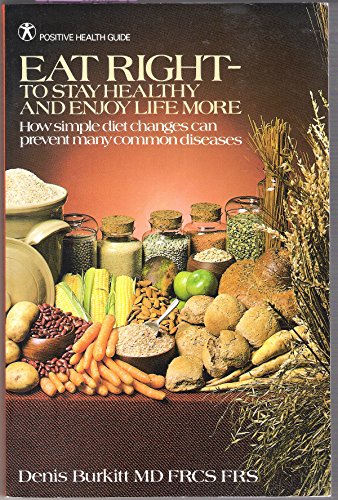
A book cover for Eat Right-To Stay Healthy and Enjoy Life More: How Simple Diet Changes Can Prevent Many Common Diseases; Denis Parsons Burkitt; Health, Fitness & Dieting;